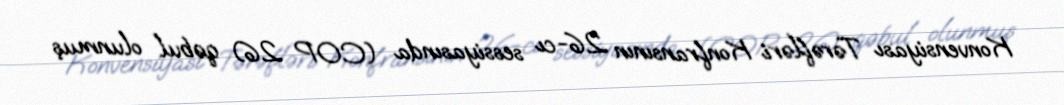
Konvensiyası Tərəfləri Konfransının 26-cı sessiyasında (COP 26) qəbul olunmuş